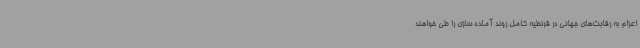
اعزام به رقابت‌های جهانی در قرنطیه کامل روند آماده سازی را طی خواهند